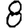
Digit: 8